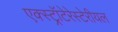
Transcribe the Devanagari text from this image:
एक्स्ट्रॉटेरेस्टेरीयल